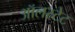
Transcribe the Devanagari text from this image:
ऑलस्टेट